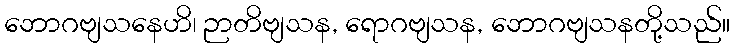
ဘောဂဗျသနေဟိ၊ ဉာတိဗျသန, ရောဂဗျသန, ဘောဂဗျသနတို့သည်။